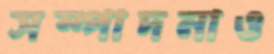
সম্পাদনাও